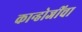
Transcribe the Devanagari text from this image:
कान्होजींचा